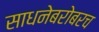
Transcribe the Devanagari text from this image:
साधनेबरोबरच